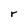
Character: r